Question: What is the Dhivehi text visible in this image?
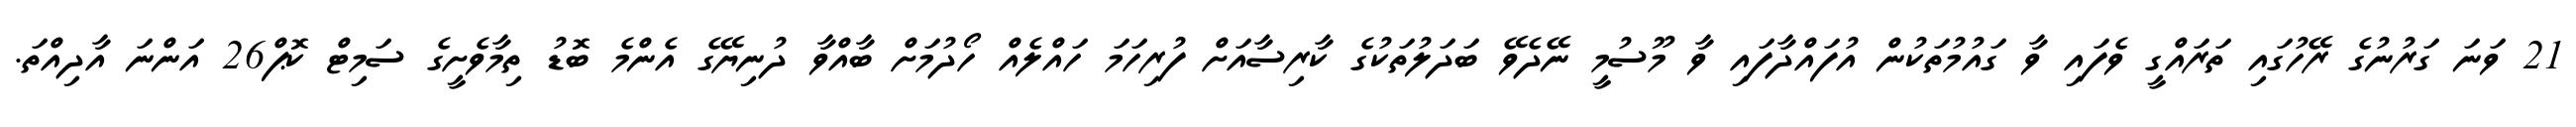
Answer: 21 ވަނަ ގަރުނުގެ ރޭހުގައި ތަރައްގީ ވެފައި ވާ ގައުމުތަކުން އުފައްދާފައި ވާ މޫސުމީ ނޭދެވޭ ބަދަލުތަކުގެ ކާރިސާއަށް ފުރިހަމަ ހައްލެއް ހޯދުމަށް ބާއްވާ ދުނިޔޭގެ އެންމެ ބޮޑު ތިމާވެށީގެ ސަމިޓް ކޮޕް26 އަންނަ އާދިއްތަ.